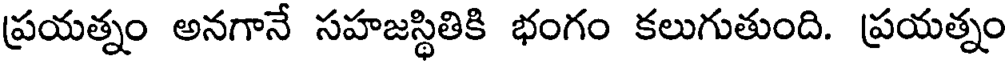
ప్రయత్నం అనగానే సహజస్థితికి భంగం కలుగుతుంది. ప్రయత్నం